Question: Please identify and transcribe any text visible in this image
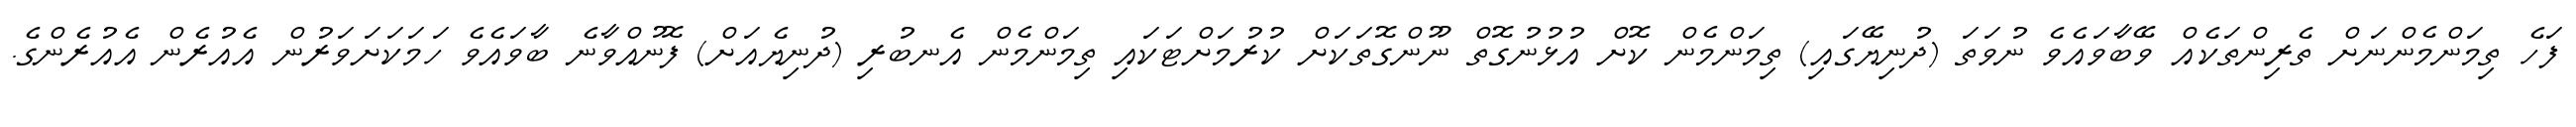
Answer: ފަހެ ތިމަންމެންނަށް ތެރިންތަކެއް ވޭބާވައެވެ ނުވަތަ (ދުނިޔޭގައި) ތިމަންމެން ކޮށް އުޅުނުގޮތް ނޫންގޮތަކަށް ކުރުމަށްޓަކައި ތިމަންމެން އެނބުރި (ދުނިޔެއަށް) ފޮނުއްވާނެ ބާވައެވެ ހަމަކަށަވަރުން އެއުރެން އެއުރެންގެ.